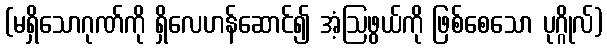
(မရှိသောဂုဏ်ကို ရှိလေဟန်ဆောင်၍ အံ့ဩဖွယ်ကို ဖြစ်စေသော ပုဂ္ဂိုလ်)